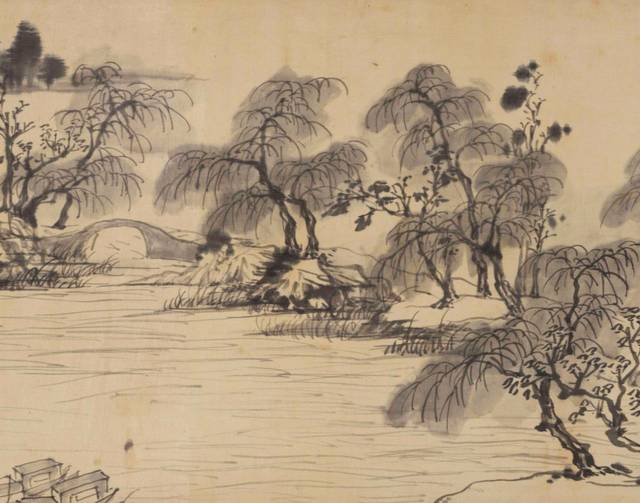
凄凉南浦，断桥斜月。